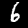
Label: 6